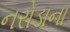
નરોડાના